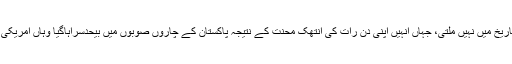
انہوںنے اپنے اس دور میں ترقیاتی منصوبوںکی وہ بھرمارکی جس کی نظیر پاکستان کی تاریخ میں نہیں ملتی، جہاں انہیں اپنی دن رات کی انتھک محنت کے نتیجہ پاکستان کے چاروں صوبوں میں بیحدسراہاگیا وہاں امریکی جریدے فارن پالیسی نے 2008ء کیلئے سیّد مصطفی کمال کو دنیا کا بہترین مئیر قراردیا۔